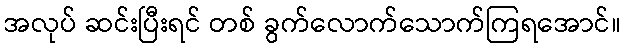
အလုပ် ဆင်းပြီးရင် တစ် ခွက်လောက်သောက်ကြရအောင်။